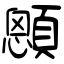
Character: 顖